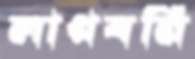
লাগবনি